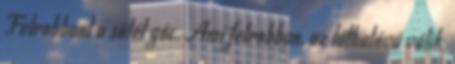
Felrobbant a sötét góc. Ami felrobban, az láthatóvá válik,